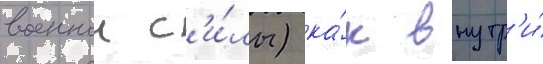
военнои с'и́лы) ка́к внутр'и́